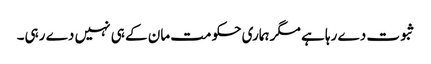
ثبوت دے رہا ہے مگر ہماری حکومت مان کے ہی نہیں دے رہی۔